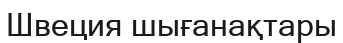
Швеция шығанақтары